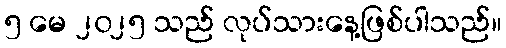
၅ မေ ၂၀၂၅ သည် လုပ်သားနေ့ဖြစ်ပါသည်။